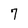
Character: 7